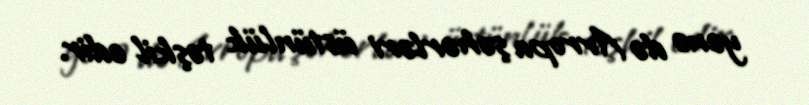
yenə də Avropa şəhərləri üstünlük təşkil edir.